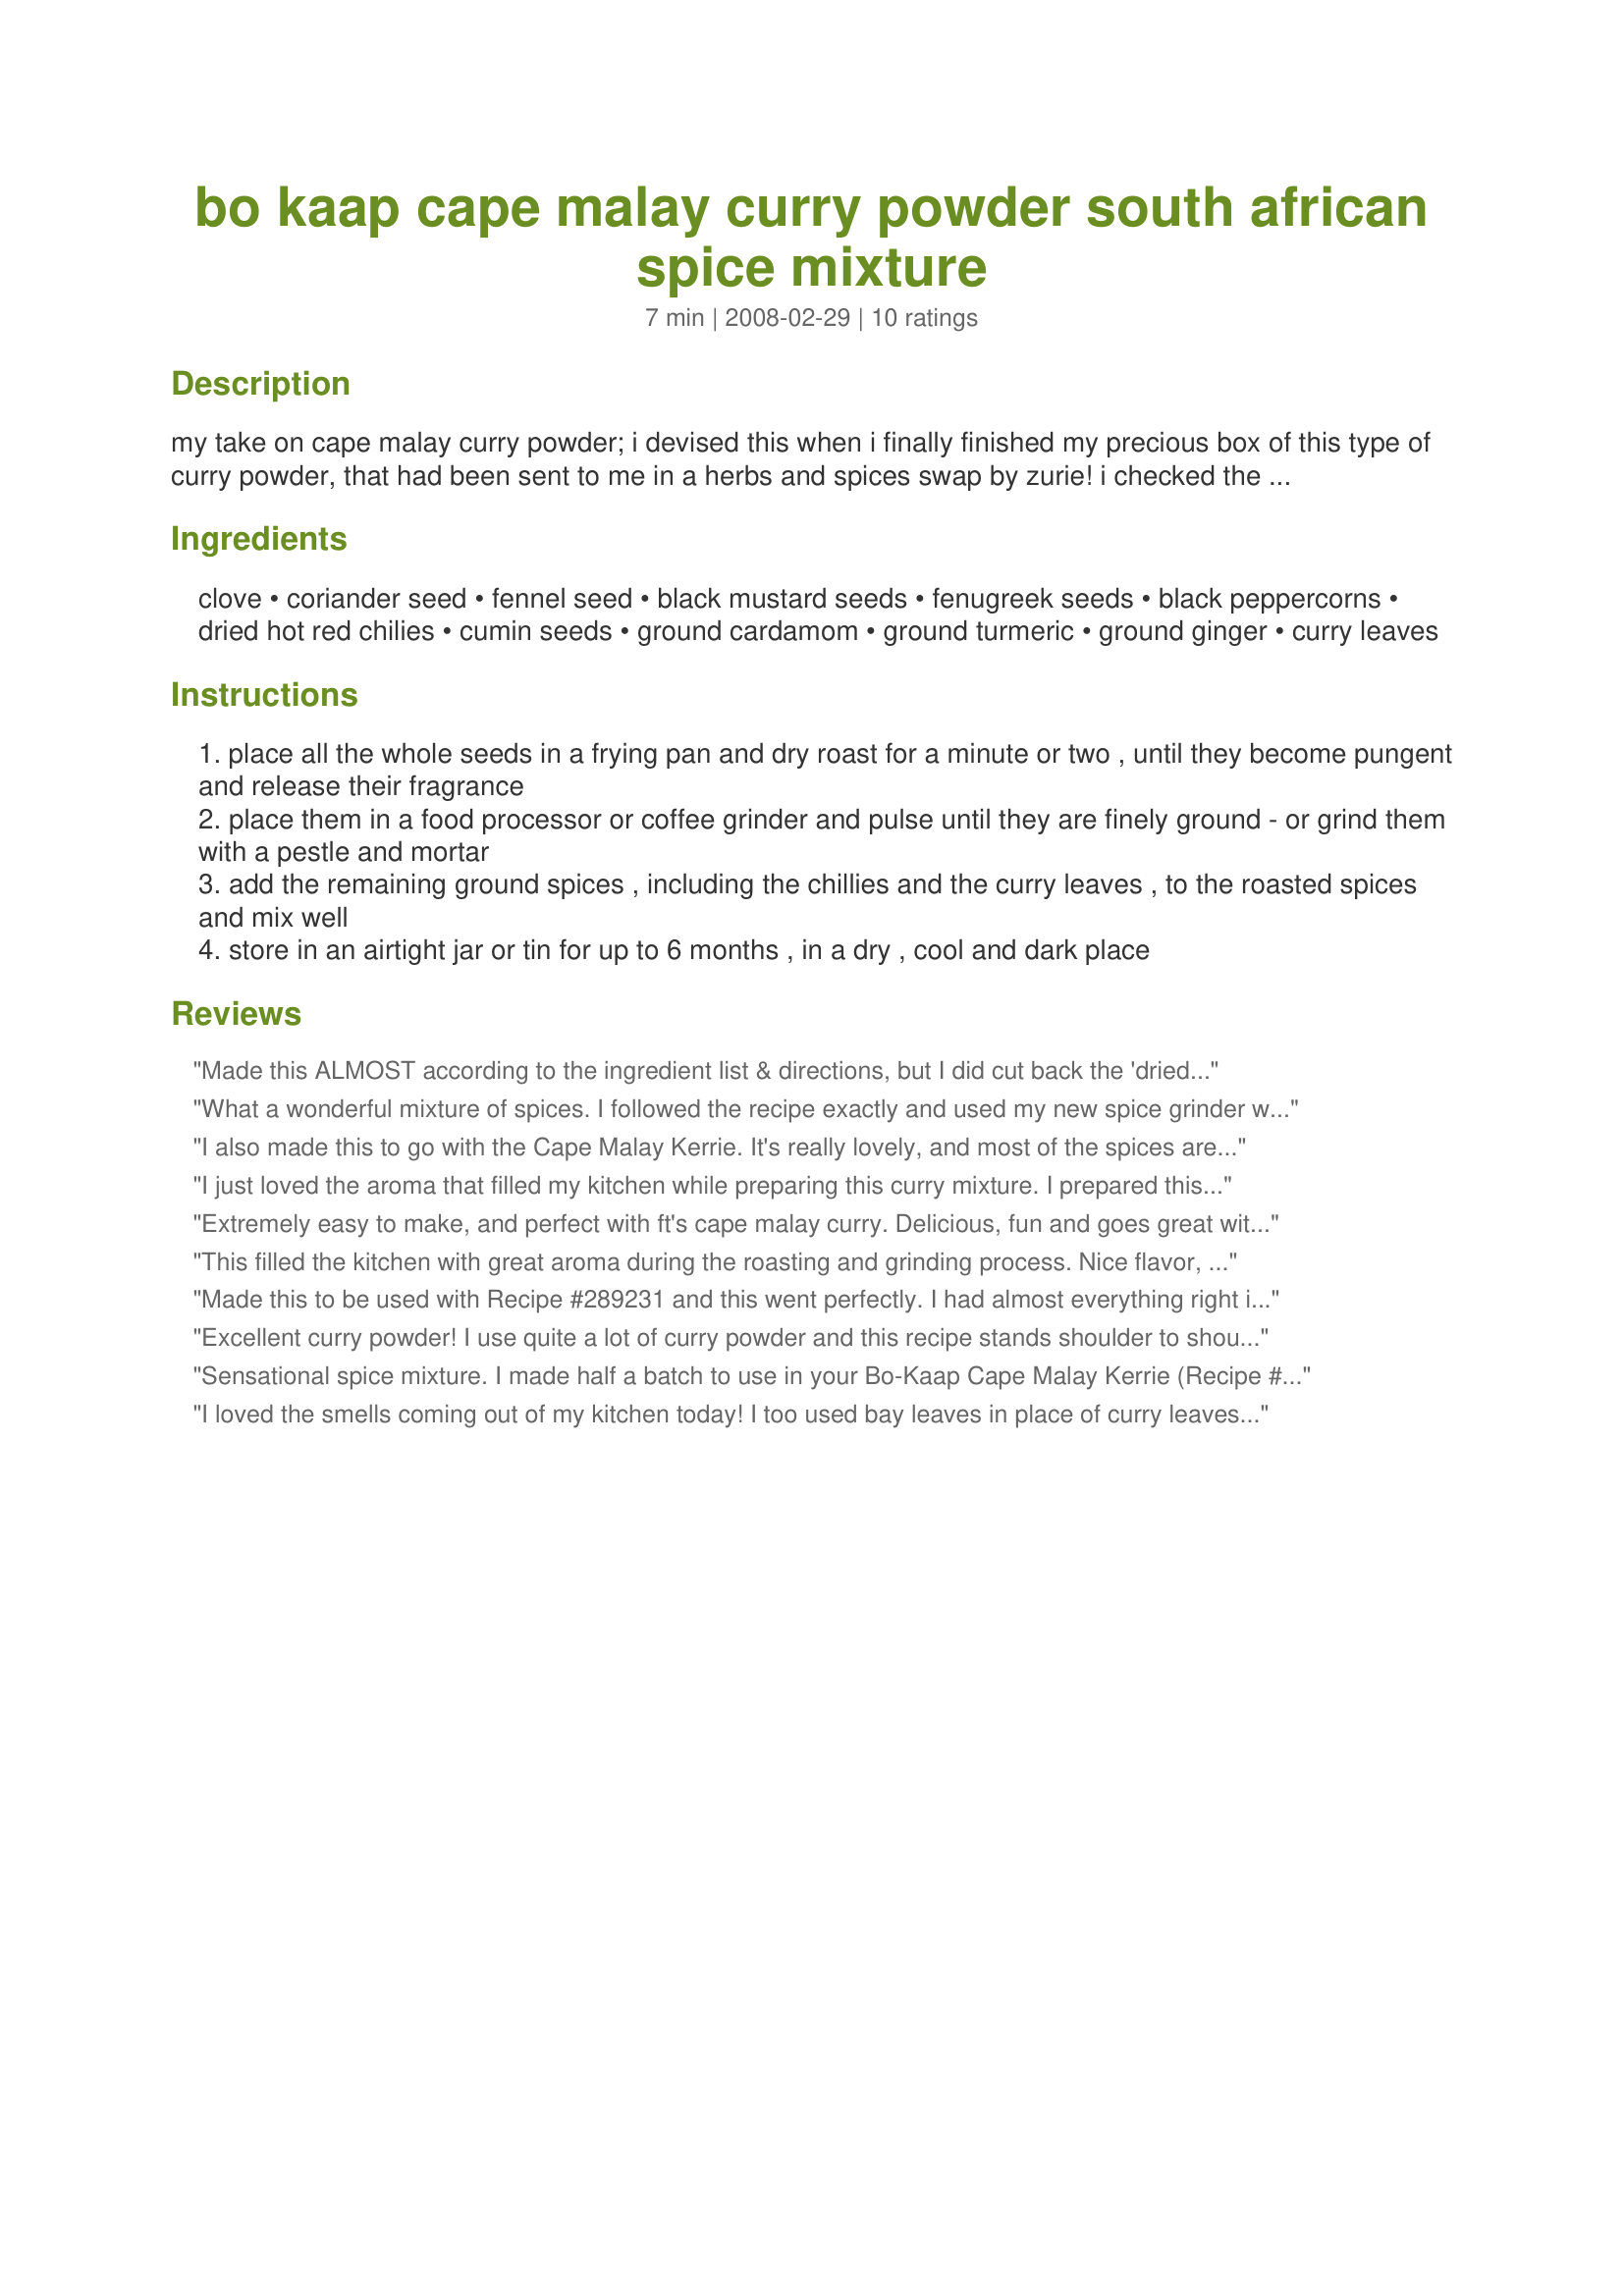
bo kaap cape malay curry powder south african spice mixture
Preparation time: 7 minutes

my take on cape malay curry powder; i devised this when i finally finished my precious box of this type of curry powder, that had been sent to me in a herbs and spices swap by zurie! i checked the ingredients list and finally after a little trial and error, i came up with this, and it is a pretty close match! influenced by malay cuisine, cape/malay curry powder/masala is a blend of sweet and pungent spices to include cloves, cardamon, fennel, mustard, coriander, turmeric, fenugreek, a little chilli and black pepper. a curry powder/masala of a mild heat yet full of the flavours you expect in indian curry. this curry spice mix is wonderful in all types of curries, but especially authentic cape malay style cuisine, and of course curries.

Ingredients:
clove, coriander seed, fennel seed, black mustard seeds, fenugreek seeds, black peppercorns, dried hot red chilies, cumin seeds, ground cardamom, ground turmeric, ground ginger, curry leaves

Steps:
place all the whole seeds in a frying pan and dry roast for a minute or two , until they become pungent and release their fragrance
place them in a food processor or coffee grinder and pulse until they are finely ground - or grind them with a pestle and mortar
add the remaining ground spices , including the chillies and the curry leaves , to the roasted spices and mix well
store in an airtight jar or tin for up to 6 months , in a dry , cool and dark place

Reviews:
Made this ALMOST according to the ingredient list & directions, but I did cut back the 'dried red chilies' to 2! Think I enjoyed this as much because the curry leaves were so hard to find, as anything else! Thanks for the great recipe! [Made & reviewed while touring Africa in Zaar World Tour 4]
What a wonderful mixture of spices. I followed the recipe exactly and used my new spice grinder which made the job even easier.

Nothing beats the aroma and flavour of newly ground spices.

Thanks so much for posting this.
I also made this to go with the Cape Malay Kerrie. It's really lovely, and most of the spices are very easy to find. I couldn't get curry leaves, so I used a couple of bay leaves. Turned out great, and made a lot of curry powder. But I love all things curry, so I'm sure I can use it all up. Thanks for sharing!
I just loved the aroma that filled my kitchen while preparing this curry mixture. I prepared this to use in Recipe#309938 which I plan to make tomorrow. I'll add an update when the eggs have been made. Made for ZWT4. Edited to add: On my way home from work tonight I stopped at a Sikh grocery and was thrilled to find curry leaves which I added to the mixture (previously omitted since I hadn't been able to find any). I then used the curry to make recipe#309938 with delicious results. This mixture is so much better than store bought. Thanks for posting, FT.
Extremely easy to make, and perfect with ft's cape malay curry. Delicious, fun and goes great with chicken curries as well.
This filled the kitchen with great aroma during the roasting and grinding process. Nice flavor, with a little bite from the peppercorns and chilies. I cut recipe in half-IT MAKES A LOT! Looking forward to using it in cooking. Going to try it as a rub on a pork tenderloin. Will report back later!
UPDATE: Used this as a rub on a pork tenderloin grilled on the rotisserie. What a great flavor it gave the meat! Needed nothing else!!!
Made this to be used with Recipe #289231 and this went perfectly. I had almost everything right in the cupboard and was happy to put this together. The aroma after adding this to the lamb was absolutely outstanding. When I ground mine, mine didn't grind as finely, but no matter, as it was interesting to look at, in presentation, and taste! Thank you FT! Made for *ZWT4* June 2008.
Excellent curry powder! I use quite a lot of curry powder and this recipe stands shoulder to shoulder with every one. Makes a nice batch as well, which should last some time. I made this to use in Alskann's (Recipe #305738) for ZWT4 team Kumquat's Kookin' Kaboodles with some piri piri peppers I got at an African market to use for the dried hot red chiles. The only suggestion I can offer is after reading the reviews of others who subbed bay leaf for curry leaf. In my opinion, it is not a good swap as they taste nothing alike. I would suggest if you are out to just add a little more curry powder. If you do come across some curry leaves (perhaps in an ethnic market) be sure to freeze them being careful not to crush them in the freezer as they do keep very well. Thanks for posting! ~Sue
Sensational spice mixture. I made half a batch to use in your Bo-Kaap Cape Malay Kerrie (Recipe #289231). Having enjoyed such curries in South Africa, I can vouch for the authenticity of this recipe. Absolutely perfect -- and what a wonderful smell in the kitchen. Thanks so much for sharing your creative efforts.
I loved the smells coming out of my kitchen today! I too used bay leaves in place of curry leaves. I am looking forward to many uses for this delightful mix!
